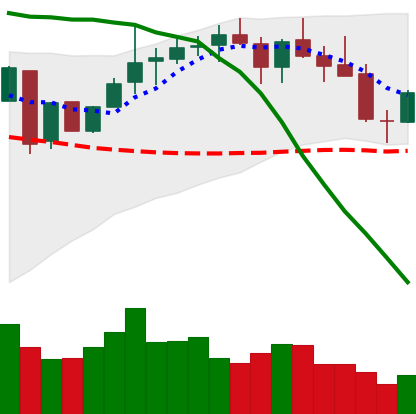
Ticker: LINK-USD
Chart end date: 2018-05-13
Forward return: -9.259%
Label: down_7plus